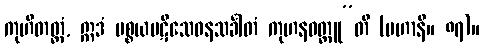
ကုဟိတတ္တံ, ဣဒံ ပစ္စယပဋိသေဝနသင်္ခါတံ ကုဟနဝတ္ထူ”တိ (မဟာနိ။ ၈၇)။